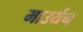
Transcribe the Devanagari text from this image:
माउर्यन